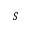
S